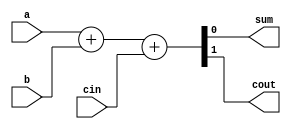
module full_adder_behavioral (
    input wire a,
    input wire b,
    input wire cin,
    output wire sum,
    output wire cout
);

assign {cout, sum} = a + b + cin;

endmodule